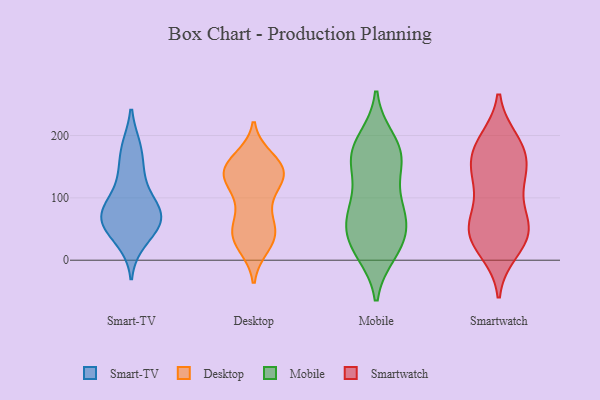
{"axis": {"x": "Population (Million)", "y": "Value"}, "legend": ["Desktop", "Mobile", "Smart-TV", "Smartwatch"], "data": [{"x": "", "y": 61, "type": "Smart-TV"}, {"x": "", "y": 64, "type": "Smart-TV"}, {"x": "", "y": 62, "type": "Smart-TV"}, {"x": "", "y": 31, "type": "Smart-TV"}, {"x": "", "y": 86, "type": "Smart-TV"}, {"x": "", "y": 42, "type": "Smart-TV"}, {"x": "", "y": 75, "type": "Smart-TV"}, {"x": "", "y": 137, "type": "Smart-TV"}, {"x": "", "y": 179, "type": "Smart-TV"}, {"x": "", "y": 129, "type": "Smart-TV"}, {"x": "", "y": 180, "type": "Smart-TV"}, {"x": "", "y": 79, "type": "Smart-TV"}, {"x": "", "y": 82, "type": "Smart-TV"}, {"x": "", "y": 48, "type": "Desktop"}, {"x": "", "y": 48, "type": "Desktop"}, {"x": "", "y": 142, "type": "Desktop"}, {"x": "", "y": 128, "type": "Desktop"}, {"x": "", "y": 133, "type": "Desktop"}, {"x": "", "y": 42, "type": "Desktop"}, {"x": "", "y": 148, "type": "Desktop"}, {"x": "", "y": 23, "type": "Desktop"}, {"x": "", "y": 149, "type": "Desktop"}, {"x": "", "y": 53, "type": "Desktop"}, {"x": "", "y": 141, "type": "Desktop"}, {"x": "", "y": 99, "type": "Desktop"}, {"x": "", "y": 150, "type": "Desktop"}, {"x": "", "y": 149, "type": "Desktop"}, {"x": "", "y": 162, "type": "Desktop"}, {"x": "", "y": 122, "type": "Desktop"}, {"x": "", "y": 88, "type": "Desktop"}, {"x": "", "y": 26, "type": "Desktop"}, {"x": "", "y": 38, "type": "Desktop"}, {"x": "", "y": 100, "type": "Mobile"}, {"x": "", "y": 192, "type": "Mobile"}, {"x": "", "y": 57, "type": "Mobile"}, {"x": "", "y": 94, "type": "Mobile"}, {"x": "", "y": 156, "type": "Mobile"}, {"x": "", "y": 32, "type": "Mobile"}, {"x": "", "y": 12, "type": "Mobile"}, {"x": "", "y": 167, "type": "Mobile"}, {"x": "", "y": 164, "type": "Mobile"}, {"x": "", "y": 194, "type": "Mobile"}, {"x": "", "y": 15, "type": "Mobile"}, {"x": "", "y": 69, "type": "Mobile"}, {"x": "", "y": 54, "type": "Mobile"}, {"x": "", "y": 52, "type": "Mobile"}, {"x": "", "y": 16, "type": "Mobile"}, {"x": "", "y": 84, "type": "Mobile"}, {"x": "", "y": 166, "type": "Mobile"}, {"x": "", "y": 154, "type": "Mobile"}, {"x": "", "y": 23, "type": "Smartwatch"}, {"x": "", "y": 121, "type": "Smartwatch"}, {"x": "", "y": 187, "type": "Smartwatch"}, {"x": "", "y": 191, "type": "Smartwatch"}, {"x": "", "y": 176, "type": "Smartwatch"}, {"x": "", "y": 60, "type": "Smartwatch"}, {"x": "", "y": 47, "type": "Smartwatch"}, {"x": "", "y": 55, "type": "Smartwatch"}, {"x": "", "y": 62, "type": "Smartwatch"}, {"x": "", "y": 143, "type": "Smartwatch"}, {"x": "", "y": 48, "type": "Smartwatch"}, {"x": "", "y": 38, "type": "Smartwatch"}, {"x": "", "y": 115, "type": "Smartwatch"}, {"x": "", "y": 136, "type": "Smartwatch"}, {"x": "", "y": 15, "type": "Smartwatch"}, {"x": "", "y": 158, "type": "Smartwatch"}, {"x": "", "y": 177, "type": "Smartwatch"}]}